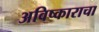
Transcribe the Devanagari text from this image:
अविष्काराचा